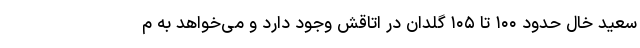
سعید خال حدود ۱۰۰ تا ۱۰۵ گلدان در اتاقش وجود دارد و می‌خواهد به م